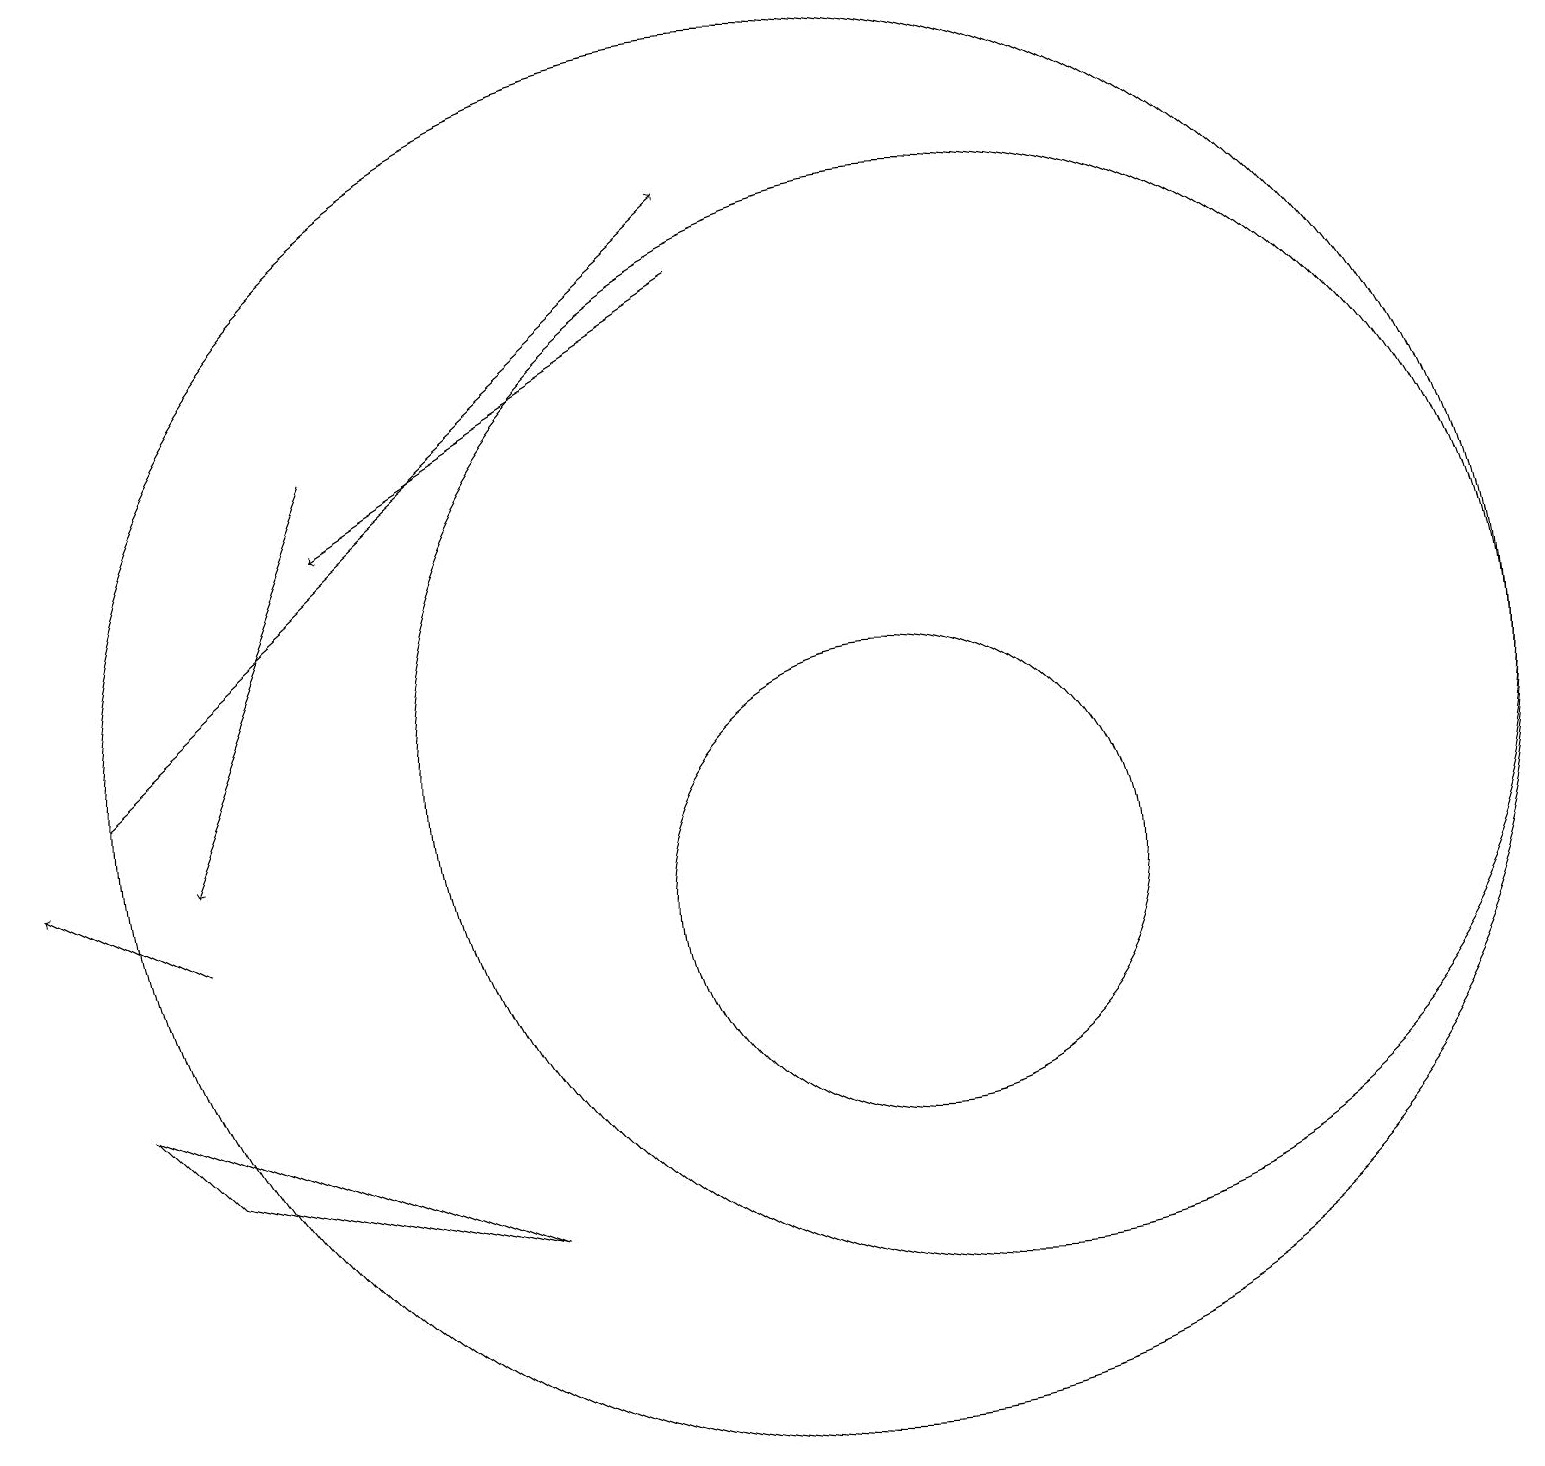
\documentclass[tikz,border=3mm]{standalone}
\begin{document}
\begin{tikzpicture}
\draw (12,12) circle (7);
\draw (11,10) circle (3);
\draw[->] (4,16) -- (2,11);
\draw[->] (1,12) -- (9,19);
\draw[->] (2,10) -- (0,11);
\draw[->] (9,18) -- (4,15);
\draw (10,12) circle (9);
\draw (6,6) -- (2,7) -- (1,8) -- cycle;
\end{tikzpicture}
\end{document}